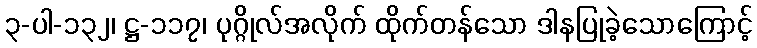
၃-ပါ-၁၃၂၊ ဋ္ဌ-၁၁၇၊ ပုဂ္ဂိုလ်အလိုက် ထိုက်တန်သော ဒါနပြုခဲ့သောကြောင့်